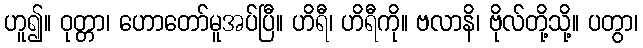
ဟူ၍။ ဝုတ္တာ၊ ဟောတော်မူအပ်ပြီ။ ဟိရီ၊ ဟိရီကို။ ဗလာနိ၊ ဗိုလ်တို့သို့။ ပတွာ၊